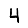
Digit: 4